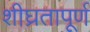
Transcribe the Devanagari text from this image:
शीघ्रतापूर्ण